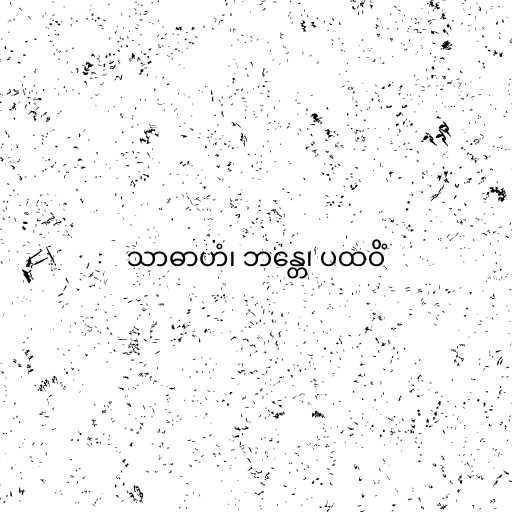
သာဓာဟံ၊ ဘန္တေ၊ ပထဝိံ